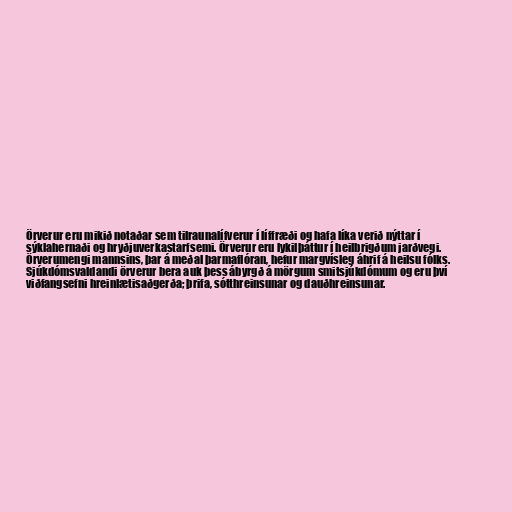
Örverur eru mikið notaðar sem tilraunalífverur í líffræði og hafa líka verið nýttar í
sýklahernaði og hryðjuverkastarfsemi. Örverur eru lykilþáttur í heilbrigðum jarðvegi.
Örverumengi mannsins, þar á meðal þarmaflóran, hefur margvísleg áhrif á heilsu fólks.
Sjúkdómsvaldandi örverur bera auk þess ábyrgð á mörgum smitsjúkdómum og eru því
viðfangsefni hreinlætisaðgerða; þrifa, sótthreinsunar og dauðhreinsunar.